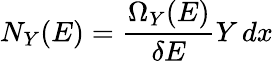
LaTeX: N_{Y}(E)={\frac{\Omega_{Y}(E)}{\delta E}}Y\, dx